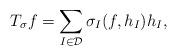
LaTeX: \begin{align*}T_{\sigma}f=\sum_{I\in\mathcal D}\sigma_{I}(f,h_{I})h_{I},\end{align*}